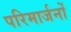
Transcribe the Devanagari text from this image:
परिमार्जनों